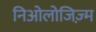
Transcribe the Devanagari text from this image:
निओलोजिज़्म